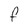
Character: F